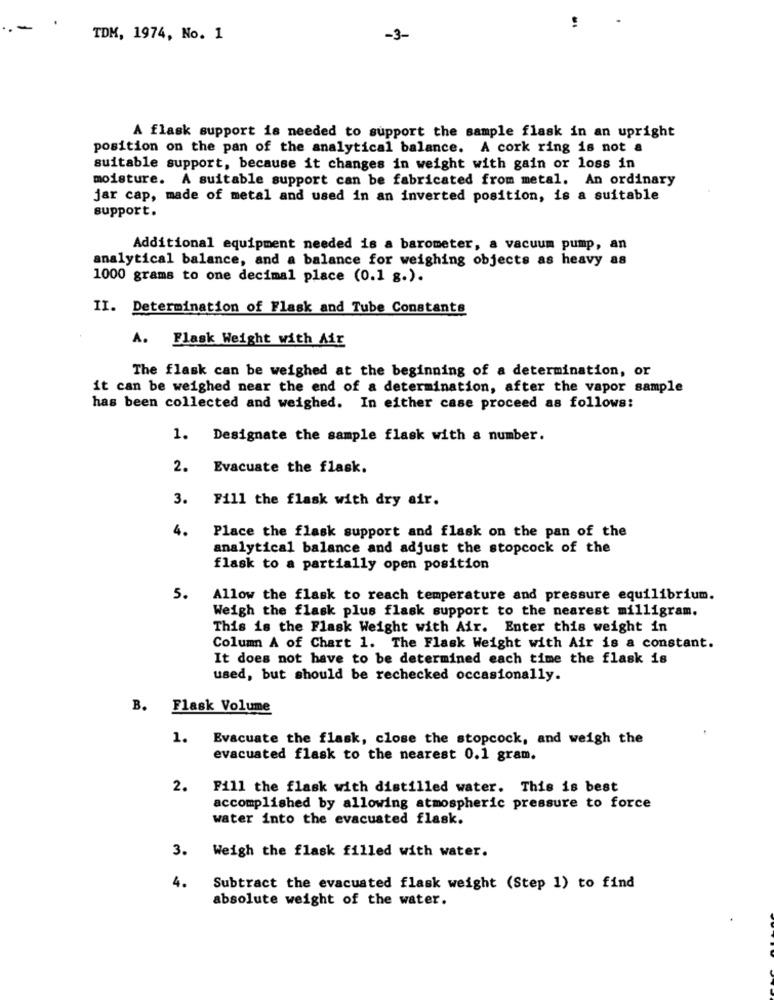
-
TDM, 1974, No. 1
-3-
A flask support is needed to support the sample flask in an upright
position on the pan of the analytical balance. A cork ring is not a
suitable support, because it changes in weight with gain or loss in
moisture. A suitable support can be fabricated from metal. An ordinary
jar cap, made of metal and used in an inverted position, is a suitable
support.
Additional equipment needed is a barometer, a vacuum pump, an
analytical balance, and a balance for weighing objects as heavy as
1000 grams to one decimal place (0.1 g.).
II. Determination of Flask and Tube Constants
A. Flask Weight with Air
The flask can be weighed at the beginning of a determination, or
it can be weighed near the end of a determination, after the vapor sample
has been collected and weighed. In either case proceed as follows:
1. Designate the sample flask with a number.
2. Evacuate the flask.
3.
Fill the flask with dry air.
4.
Place the flask support and flask on the pan of the
analytical balance and adjust the stopcock of the
flask to a partially open position
5.
Allow the flask to reach temperature and pressure equilibrium.
Weigh the flask plus flask support to the nearest milligram.
This is the Flask Weight with Air. Enter this weight in
Column A of Chart 1. The Flask Weight with Air is a constant.
It does not have to be determined each time the flask is
used, but should be rechecked occasionally.
B. Flask Volume
1.
Evacuate the flask, close the stopcock, and weigh the
evacuated flask to the nearest 0.1 gram.
2.
Fill the flask with distilled water. This is best
accomplished by allowing atmospheric pressure to force
water into the evacuated flask.
3. Weigh the flask filled with water.
4.
Subtract the evacuated flask weight (Step 1) to find
absolute weight of the water.